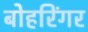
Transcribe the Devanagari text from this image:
बोहरिंगर